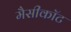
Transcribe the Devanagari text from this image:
मैसीकॉट